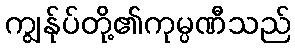
ကျွန်ုပ်တို့၏ကုမ္ပဏီသည်